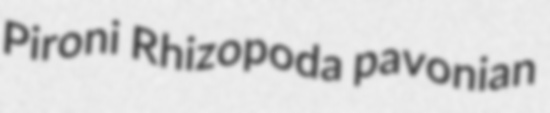
Pironi Rhizopoda pavonian